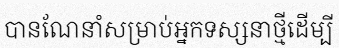
បានណែនាំសម្រាប់អ្នកទស្សនាថ្មីដើម្បី